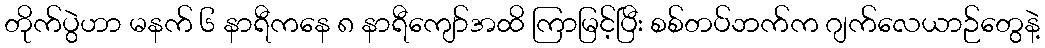
တိုက်ပွဲဟာ မနက် ၆ နာရီကနေ ၈ နာရီကျော်အထိ ကြာမြင့်ပြီး စစ်တပ်ဘက်က ဂျက်လေယာဉ်တွေနဲ့